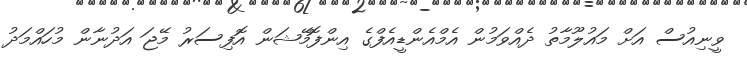
ވީނިއުސް އަށް މައުލޫމާތު ދެއްވަމުން އެމްއެންޑީއެފްގެ އިންފޮމޭޝަން އޮފިސަރު މޭޖަ އަދުނާން މުހައްމަދު